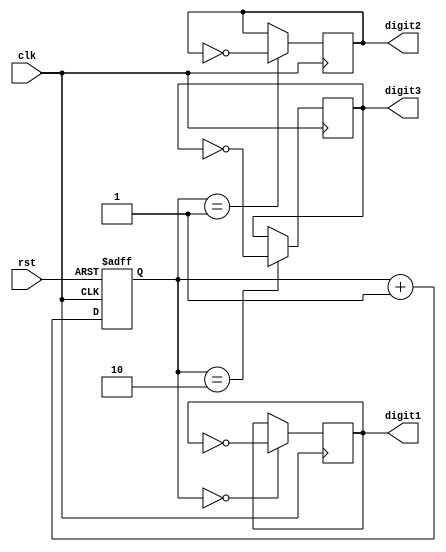
module binary_clock_divider (
  input clk, // System clock signal
  input rst, // Reset signal
  output reg [3:0] digit1, // Output signal for digit 1
  output reg [3:0] digit2, // Output signal for digit 2
  output reg [3:0] digit3 // Output signal for digit 3
);

reg [15:0] count; // Register to store the current time count

always @(posedge clk or posedge rst) begin
  if (rst) begin
    count <= 16'b0; // Reset count if reset signal is high
  end else begin
    count <= count + 1; // Increment count at each clock cycle
  end
end

always @(posedge clk) begin
  if (count == 4'b0000) begin
    digit1 <= ~digit1; // Toggle digit 1 value every 1 clock cycle
  end
  if (count == 4'b0001) begin
    digit2 <= ~digit2; // Toggle digit 2 value every 2 clock cycles
  end
  if (count == 4'b0010) begin
    digit3 <= ~digit3; // Toggle digit 3 value every 4 clock cycles
  end
end

endmodule